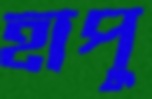
হাপু